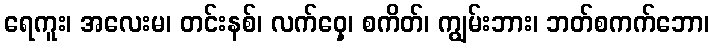
ရေကူး၊ အလေးမ၊ တင်းနစ်၊ လက်ဝှေ့၊ စကိတ်၊ ကျွမ်းဘား၊ ဘတ်စကက်ဘော၊